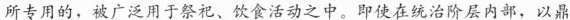
所专用的，被广泛用于祭祀、饮食活动之中。即使 在统治阶层内部，以鼎